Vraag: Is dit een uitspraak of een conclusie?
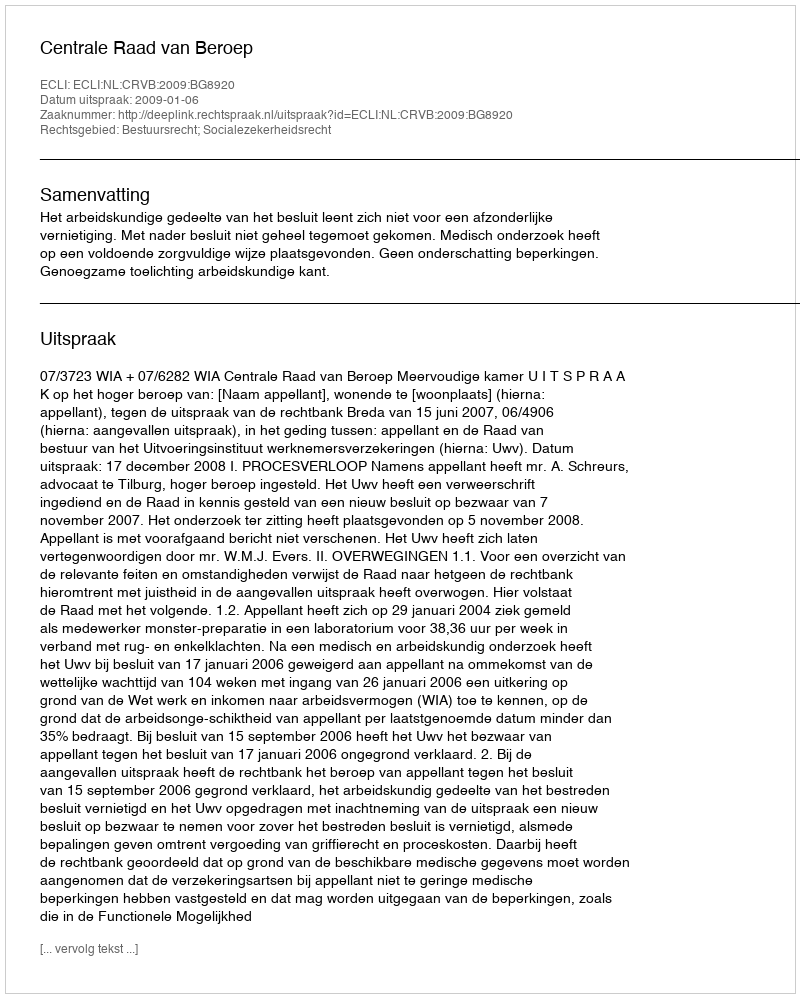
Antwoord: Uitspraak